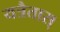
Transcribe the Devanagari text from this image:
यत्रैतास्‌